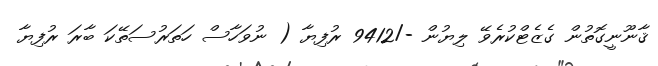
ޤާނޫނީގޮތުން ގެޒެޓްކުރެވޭ ލިޔުން -/9412 ރުފިޔާ ( ނުވަހާސް ހަތަރުސަތޭކަ ބާރަ ރުފިޔާ